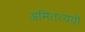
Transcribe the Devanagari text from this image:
अमितव्ययी